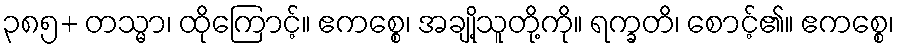
၃၈၅+ တသ္မာ၊ ထိုကြောင့်။ ဧကစ္စေ၊ အချို့သူတို့ကို။ ရက္ခတိ၊ စောင့်၏။ ဧကစ္စေ၊